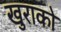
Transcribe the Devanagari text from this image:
खुराको